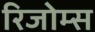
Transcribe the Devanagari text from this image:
रिजोम्‍स